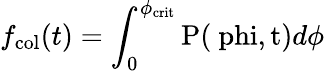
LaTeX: f_{\mathrm{col}}(t)=\int_{0}^{\phi_{\mathrm{crit}}}\mathrm{P(\ phi,t)}d\phi